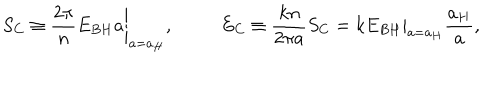
S _ { C } \equiv \left. { \frac { 2 \pi } { n } } E _ { B H } a \right| _ { a = a _ { H } } , \ \ E _ { C } \equiv { \frac { k n } { 2 \pi a } } S _ { C } = \left. k E _ { B H } \right| _ { a = a _ { H } } { \frac { a _ { H } } { a } } ,